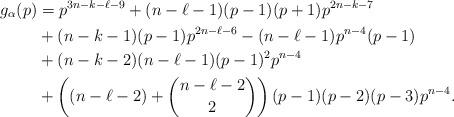
LaTeX: \begin{align*}g_\alpha(p) &= p^{3n -k-\ell-9} + (n-\ell-1) (p-1) (p+1)p^{2n -k-7} \\&+(n-k-1)(p-1) p^{2n-\ell-6} - (n-\ell-1)p^{n-4}(p-1) \\&+(n-k-2)(n-\ell-1) (p-1)^2p^{n-4}\\& + \left((n-\ell-2) + \binom{n-\ell-2}{2}\right)(p-1)(p-2)(p-3)p^{n-4}.\end{align*}